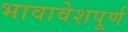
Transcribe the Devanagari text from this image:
भावावेशपूर्ण